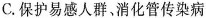
C.保护易感人群，消化管传染病